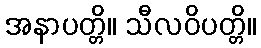
အနာပတ္တိ။ သီလဝိပတ္တိ။